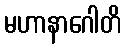
မဟာနာဂေါတိ